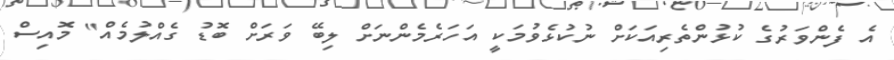
އެ ފެންވަރުގެ ކުޅުންތެރިއަކަށް ނުކުޅެވުމަކީ އަހަރެމެންނަށް ލިބޭ ވަރަށް ބޮޑު ގެއްލުމެއް" މޮއިސް